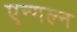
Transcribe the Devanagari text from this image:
एन्गल्न